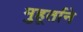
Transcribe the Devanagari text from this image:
मुहूर्ताने